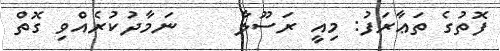
ފޮތުގެ ތަޢާރަފު: މިއީ ރަސޫލާ     ނަމާދުކުރެއްވި ގޮތް